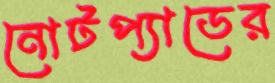
নোটপ্যাডের